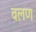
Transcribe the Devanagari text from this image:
वलण